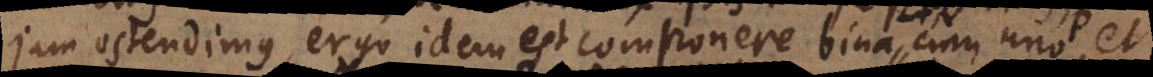
jam ostendimus, ergo idem est componere bina [ A ].